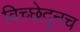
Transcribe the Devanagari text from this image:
विच्छेदूनच